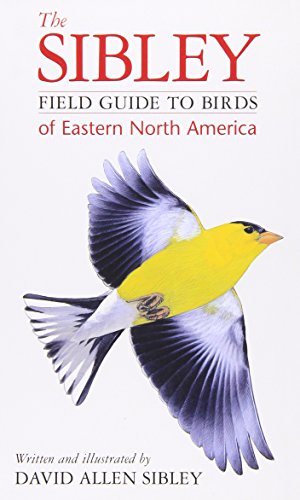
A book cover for The Sibley Field Guide to Birds of Eastern North America; David Allen Sibley; Science & Math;